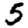
Digit: 5